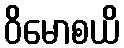
ဝိမောစယိ